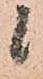
候